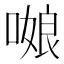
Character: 𭉻